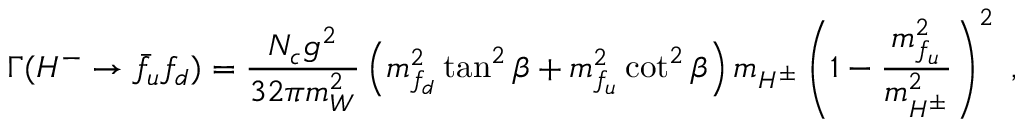
\Gamma ( H ^ { - } \to \bar { f } _ { u } f _ { d } ) = \frac { N _ { c } g ^ { 2 } } { 3 2 \pi m _ { W } ^ { 2 } } \left( m _ { f _ { d } } ^ { 2 } \tan ^ { 2 } \beta + m _ { f _ { u } } ^ { 2 } \cot ^ { 2 } \beta \right) m _ { H ^ { \pm } } \left( 1 - \frac { m _ { f _ { u } } ^ { 2 } } { m _ { H ^ { \pm } } ^ { 2 } } \right) ^ { 2 } \ ,